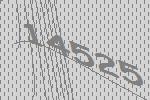
14525